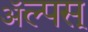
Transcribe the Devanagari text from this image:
ॲल्पस्